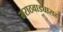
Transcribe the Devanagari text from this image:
मराठवाड्यासह